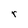
Character: r